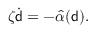
\zeta \dot { { \mathsf { d } } } = - \hat { \alpha } ( { \mathsf { d } } ) .